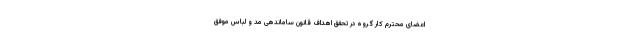
اعضای محترم کار گروه در تحقق اهداف قانون ساماندهی مد و لباس موفق